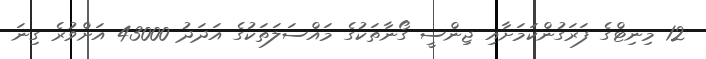
12 މިނިޓްގެ ފަރަގުންކަމަށާއި ޖިންސީ ގޯނާތަކުގެ މައްސަލަތަކުގެ އަދަދު 43000 އަށްވުރެ ގިނަ